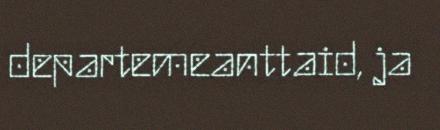
departemeanttaid, ja